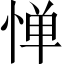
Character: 惮